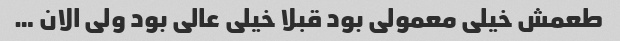
طعمش خیلی معمولی بود قبلا خیلی عالی بود ولی الان …